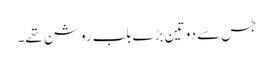
جس سے دو تین بڑے بلب روشن تھے۔